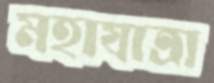
মহাযাত্রা